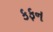
કફન